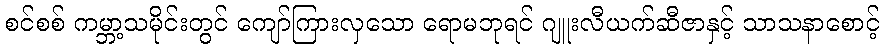
စင်စစ် ကမ္ဘာ့သမိုင်းတွင် ကျော်ကြားလှသော ရောမဘုရင် ဂျူးလီယက်ဆီဇာနှင့် သာသနာစောင့်